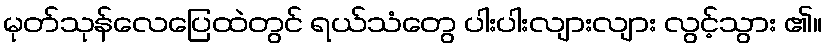
မုတ်သုန်လေပြေထဲတွင် ရယ်သံတွေ ပါးပါးလျားလျား လွင့်သွား ၏။